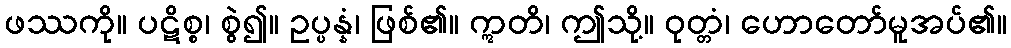
ဖဿကို။ ပဋိစ္စ၊ စွဲ၍။ ဥပ္ပန္နံ၊ ဖြစ်၏။ ဣတိ၊ ဤသို့။ ဝုတ္တံ၊ ဟောတော်မူအပ်၏။